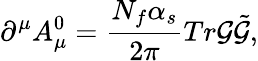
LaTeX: \partial^{\mu}A_{\mu}^{0}=\frac{N_{f}\alpha_{s}}{2\pi}Tr{\cal G}{\tilde{\cal G}},